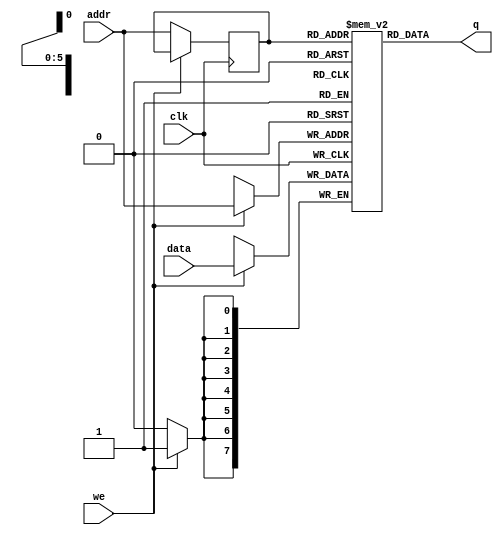
module single_port_ram(
    input [7:0] data, //data line
    input [5:0] addr, //address line
    input we, //write enable
    input clk, // clock
    output [7:0] q // output
);

    reg[0:7] ram [63:0]; //8*64 bit ram memory blocks
    reg[5:0] addr_reg;  //address register

    always @ (posedge clk)
        begin
            if(we)
                ram[addr] <= data;
            else
                addr_reg <= addr;
        end
    
    assign q = ram[addr_reg];

endmodule